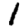
Digit: 1